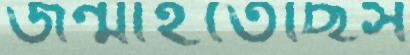
জন্মাইতেছিস